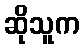
ဆိုသူက